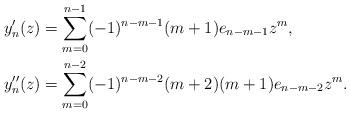
LaTeX: \begin{align*} y'_n(z) &= \sum_{m=0}^{n-1} (-1)^{n-m-1} (m+1) e_{n-m-1} z^m, \\ y''_n(z) &= \sum_{m=0}^{n-2} (-1)^{n-m-2} (m+2)(m+1) e_{n-m-2} z^m.\end{align*}